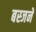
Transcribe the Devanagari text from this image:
बस्जने